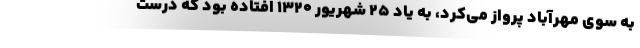
به سوی مهرآباد پرواز می‌کرد، به یاد 25 شهریور 1320 افتاده بود که درست